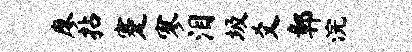
廖拈蹇寥泪圾爻鄣浣